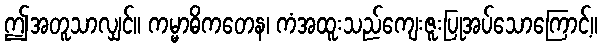
ဤအတူသာလျှင်။ ကမ္မာဓိကတေန၊ ကံအထူးသည်ကျေးဇူးပြုအပ်သောကြောင့်။